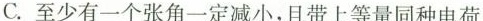
C.至少有一个张角一定减小，且带上等量同种电荷